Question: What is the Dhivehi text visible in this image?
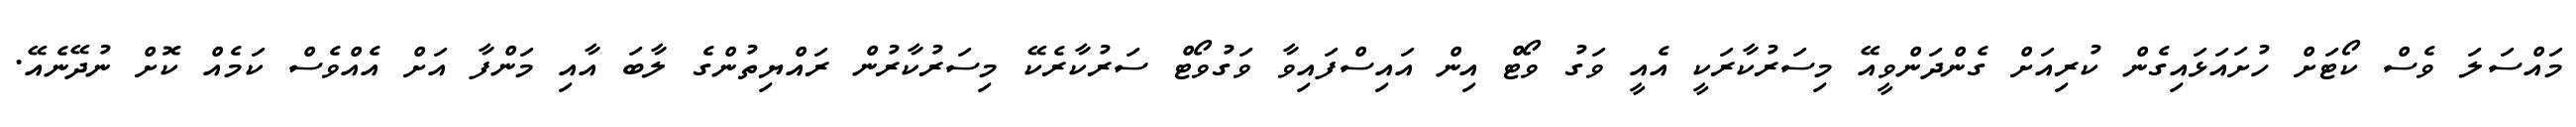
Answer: މައްސަލަ ވެސް ކޯޓަށް ހުށައަޅައިގެން ކުރިއަށް ގެންދަންވީއޭ މިސަރުކާރަކީ އެއީ ވަގު ވޯޓް އިން އައިސްފައިވާ ވަގުވޯޓް ސަރުކާރެކޭ މިސަރުކާރުން ރައްޔިތުންގެ ލާބަ އާއި މަންފާ އަށް އެއްވެސް ކަމެއް ކޮށް ނުދޭނެއޭ.